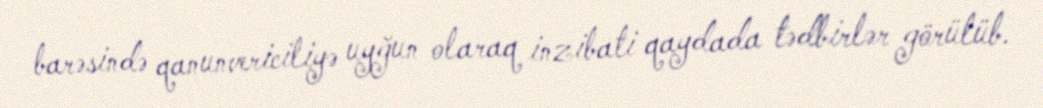
barəsində qanunvericiliyə uyğun olaraq inzibati qaydada tədbirlər görülüb.